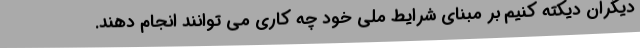
دیگران دیکته کنیم بر مبنای شرایط ملی خود چه کاری می توانند انجام دهند.